Report of the Indian Hemp Drugs Commission, 1894-1895 - Volume IV
Year: 1894
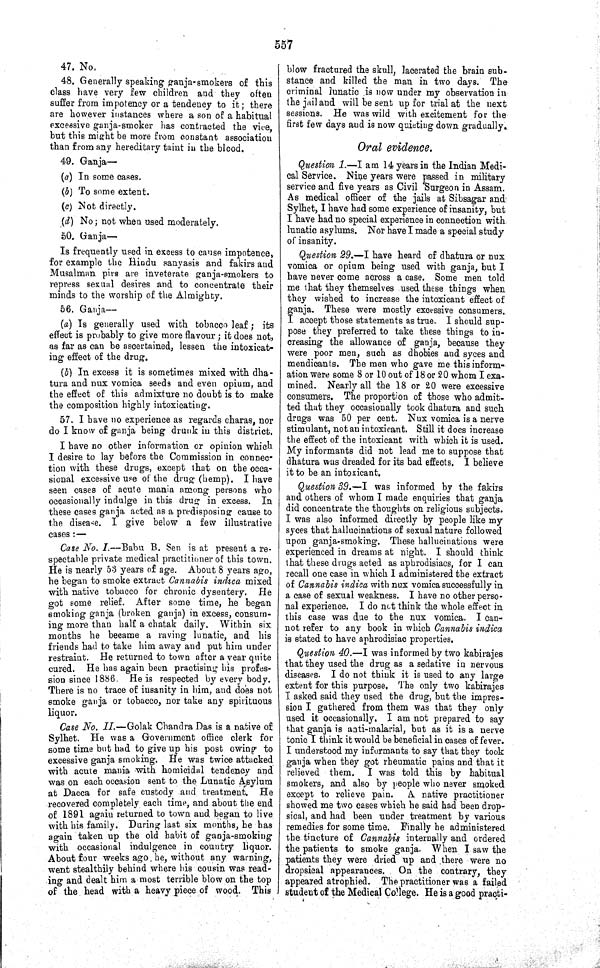
557
47. No.
48. Generally speaking ganja-smokers of this
class have very few children and they often
suffer from impotency or a tendency to it; there
are however instances where a son of a habitual
excessive ganja-smoker has contracted the vice,
but this might be more from constant association
than from any hereditary taint in the blood.
49. Ganja—
(a) In some cases.
(b) To some extent.
(c) Not directly.
(d) No; not when used moderately.
50. Ganja—
Is frequently used in excess to cause impotence,
for example the Hindu sanyasis and fakirs and
Musalman pirs are inveterate ganja-smokers to
repress sexual desires and to concentrate their
minds to the worship of the Almighty.
56. Ganja—
(a) Is generally used with tobacco leaf; its
effect is probably to give more flavour; it does not,
as far as can be ascertained, lessen the intoxicat-
ing effect of the drug.
(b) In excess it is sometimes mixed with dha-
tura and nux vomica seeds and even opium, and
the effect of this admixture no doubt is to make
the composition highly intoxicating.
57. I have no experience as regards charas, nor
do I know of ganja being drunk in this district.
I have no other information or opinion which
I desire to lay before the Commission in connec-
tion with these drugs, except that on the occa-
sional excessive use of the drug (hemp). I have
seen cases of acute mania among persons who
occasionally indulge in this drug in excess. In
these cases ganja acted as a predisposing cause to
the disease. I give below a few illustrative
cases:—
Case No. I.—Babu B. Sen is at present a re-
spectable private medical practitioner of this town.
He is nearly 53 years of age. About 8 years ago,
he began to smoke extract Cannabis indica mixed
with native tobacco for chronic dysentery. He
got some relief. After some time, he began
smoking ganja (broken ganja) in excess, consum-
ing more than half a chatak daily. Within six
months he became a raving lunatic, and his
friends had to take him away and put him under
restraint. He returned to town after a year quite
cured. He has again been practising his profes-
sion since 1886. He is respected by every body.
There is no trace of insanity in him, and does not
smoke ganja or tobacco, nor take any spirituous
liquor.
Case No. II.—Golak Chandra Das is a native of
Sylhet. He was a Government office clerk for
some time but had to give up his post owing to
excessive ganja smoking. He was twice attacked
with acute mania with homicidal tendency and
was on each occasion sent to the Lunatic Asylum
at Dacca for safe custody and treatment. He
recovered completely each time, and about the end
of 1891 again returned to town and began to live
with his family. During last six months, he has
again taken up the old habit of ganja-smoking
with occasional indulgence in country liquor.
About four weeks ago he, without any warning,
went stealthily behind where his cousin was read-
ing and dealt him a most terrible blow on the top
of the head with a heavy piece of wood. This
blow fractured the skull, lacerated the brain sub-
stance and killed the man in two days. The
criminal lunatic is now under my observation in
the jail and will be sent up for trial at the next
sessions. He was wild with excitement for the
first few days and is now quieting down gradually.
Oral evidence.
Question 1.—I am 14 years in the Indian Medi-
cal Service. Nine years were passed in military
service and five years as Civil Surgeon in Assam.
As medical officer of the jails at Sibsagar and
Sylhet, I have had some experience of insanity, but
I have had no special experience in connection with
lunatic asylums. Nor have I made a special study
of insanity.
Question 29.—I have heard of dhatura or nux
vomica or opium being used with ganja, but I
have never come across a case. Some men told
me that they themselves used these things when
they wished to increase the intoxicant effect of
ganja. These were mostly excessive consumers.
I accept those statements as true. I should sup-
pose they preferred to take these things to in-
creasing the allowance of ganja, because they
were poor men, such as dhobies and syces and
mendicants. The men who gave me this inform-
ation were some 8 or 10 out of 18 or 20 whom I exa-
mined. Nearly all the 18 or 20 were excessive
consumers. The proportion of those who admit-
ted that they occasionally took dhatura and such
drugs was 50 per cent. Nux vomica is a nerve
stimulant, not an intoxicant. Still it does increase
the effect of the intoxicant with which it is used.
My informants did not lead me to suppose that
dhatura was dreaded for its bad effects. I believe
it to be an intoxicant.
Question 39.—I was informed by the fakirs
and others of whom I made enquiries that ganja
did concentrate the thoughts on religious subjects.
I was also informed directly by people like my
syces that hallucinations of sexual nature followed
upon ganja-smoking. These hallucinations were
experienced in dreams at night. I should think
that these drugs acted as aphrodisiacs, for I can
recall one case in which I administered the extract
of Cannabis indica with nux vomica successfully in
a case of sexual weakness. I have no other perso-
nal experience. I do not think the whole effect in
this case was due to the nux vomica. I can-
not refer to any book in which Cannabis indica
is stated to have aphrodisiac properties.
Question 40.—I was informed by two kabirajes
that they used the drug as a sedative in nervous
diseases. I do not think it is used to any large
extent for this purpose. The only two kabirajes
I asked said they used the drug, but the impres-
sion I gathered from them was that they only
used it occasionally. I am not prepared to say
that ganja is anti-malarial, but as it is a nerve
tonic I think it would be beneficial in cases of fever.
I understood my informants to say that they took
ganja when they got rheumatic pains and that it
relieved them. I was told this by habitual
smokers, and also by people who never smoked
except to relieve pain. A native practitioner
showed me two cases which he said had been drop-
sical, and had been under treatment by various
remedies for some time. Finally he administered
the tincture of Cannabis internally and ordered
the patients to smoke ganja. When I saw the
patients they were dried up and there were no
dropsical appearances. On the contrary, they
appeared atrophied. The practitioner was a failed
student of the Medical College. He is a good practi-